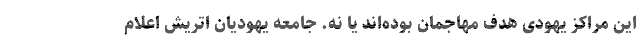
این مراکز یهودی هدف مهاجمان بوده‌اند یا نه. جامعه یهودیان اتریش اعلام